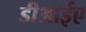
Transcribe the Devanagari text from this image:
डीआईए